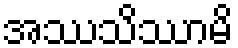
အဿသိဿာမိ